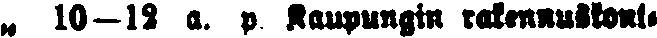
„ 10—12 a. p Kaupungin rakennuskont-